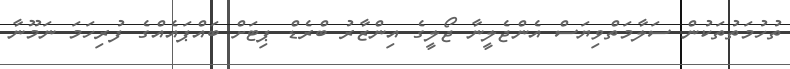
ތުހުމަތުތަކުން ސަލާމަތްވިޔަސް އެންޖެލީނާ ޖޯލީގެ އިންޒާރު ބްރެޑް ޕިޓަށް ބައްޕައެއްގެ ފުރިހަމަ ނަމޫނާ